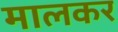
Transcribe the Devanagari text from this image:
मालकर